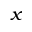
_ x